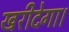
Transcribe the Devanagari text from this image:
खरीदेगा।